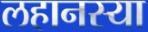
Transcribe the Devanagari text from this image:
लहानस्या